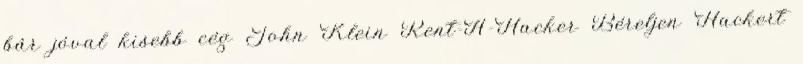
bár jóval kisebb cég John Klein Rent-A-Hacker Béreljen Hackert